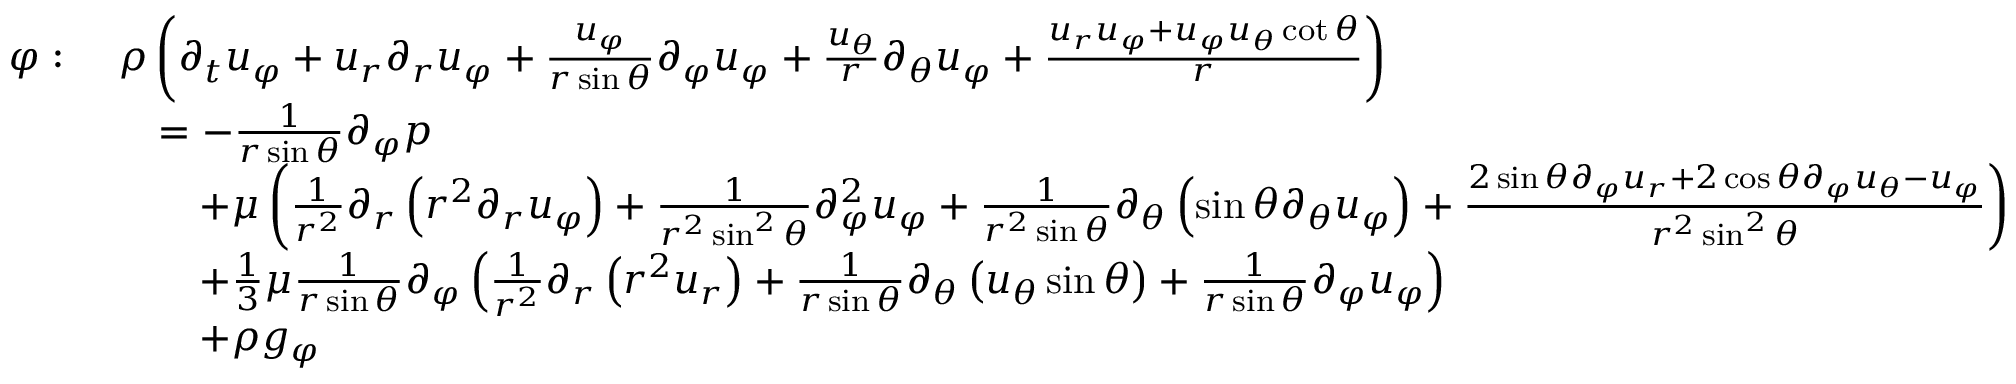
{ \begin{array} { r l } { \varphi : \ } & { \rho \left( { \partial _ { t } u _ { \varphi } } + u _ { r } { \partial _ { r } u _ { \varphi } } + { \frac { u _ { \varphi } } { r \sin \theta } } { \partial _ { \varphi } u _ { \varphi } } + { \frac { u _ { \theta } } { r } } { \partial _ { \theta } u _ { \varphi } } + { \frac { u _ { r } u _ { \varphi } + u _ { \varphi } u _ { \theta } \cot \theta } { r } } \right) } \\ & { \quad = - { \frac { 1 } { r \sin \theta } } { \partial _ { \varphi } p } } \\ & { \qquad + \mu \left( { \frac { 1 } { r ^ { 2 } } } \partial _ { r } \left( r ^ { 2 } { \partial _ { r } u _ { \varphi } } \right) + { \frac { 1 } { r ^ { 2 } \sin ^ { 2 } \theta } } { \partial _ { \varphi } ^ { 2 } u _ { \varphi } } + { \frac { 1 } { r ^ { 2 } \sin \theta } } \partial _ { \theta } \left( \sin \theta { \partial _ { \theta } u _ { \varphi } } \right) + { \frac { 2 \sin \theta { \partial _ { \varphi } u _ { r } } + 2 \cos \theta { \partial _ { \varphi } u _ { \theta } } - u _ { \varphi } } { r ^ { 2 } \sin ^ { 2 } \theta } } \right) } \\ & { \qquad + { \frac { 1 } { 3 } } \mu { \frac { 1 } { r \sin \theta } } \partial _ { \varphi } \left( { \frac { 1 } { r ^ { 2 } } } \partial _ { r } \left( r ^ { 2 } u _ { r } \right) + { \frac { 1 } { r \sin \theta } } \partial _ { \theta } \left( u _ { \theta } \sin \theta \right) + { \frac { 1 } { r \sin \theta } } { \partial _ { \varphi } u _ { \varphi } } \right) } \\ & { \qquad + \rho g _ { \varphi } } \end{array} }